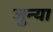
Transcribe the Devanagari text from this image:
जुन्‍या